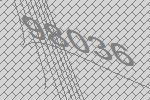
98036